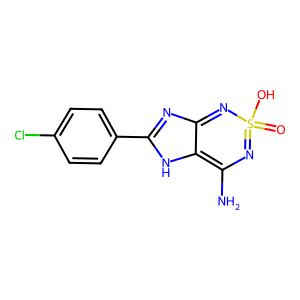
SMILES: NC1=c2[nH]c(-c3ccc(Cl)cc3)nc2=NS(=O)(O)=N1
Inhibits HIV replication: No